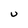
Character: U